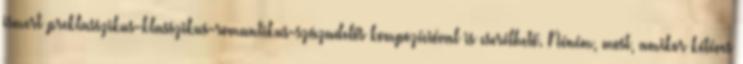
ismert preklasszikus-klasszikus-romantikus-századelős kompozícióval is cserélhető. Néném, most, amikor kétéves